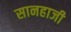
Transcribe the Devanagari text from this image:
सानहाजी